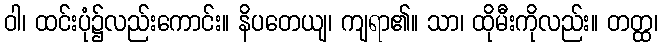
ဝါ၊ ထင်းပုံ၌လည်းကောင်း။ နိပတေယျ၊ ကျရာ၏။ သာ၊ ထိုမီးကိုလည်း။ တတ္ထ၊